Report on the bubonic plague in Bombay, 1896-1897
Year: 1896
Disease focus: Plague
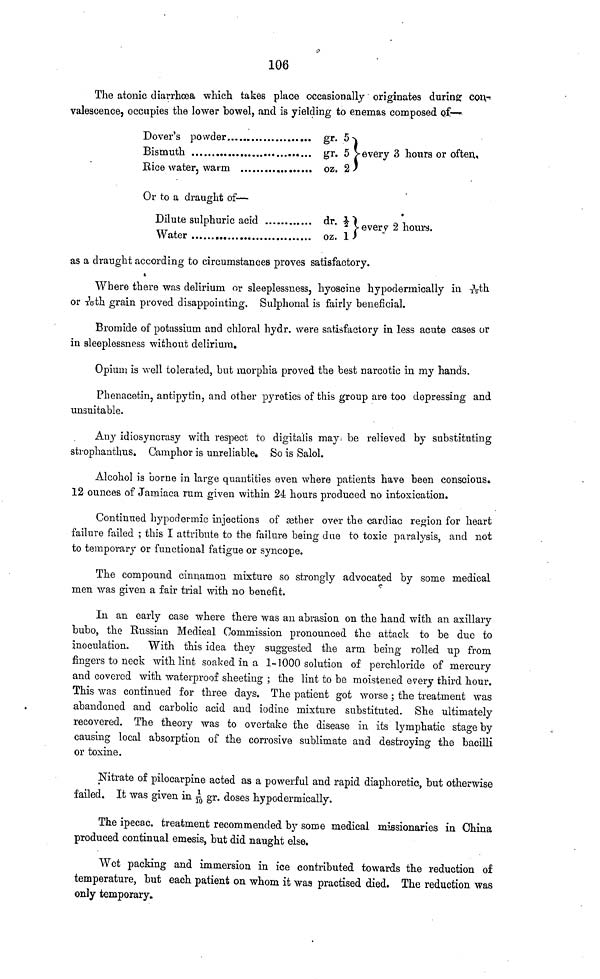
106
The atonic diarrhœa which takes place occasionally originates during con
valescence, occupies the lower bowel, and is yielding to enemas composed of
Dover's powder
Bismuth
Bice water, warm
gr. 5
gr. 5
oz. 2
every 3 hours or often.
Or to a draught of
Dilute sulphuric acid
Water
dr.½
oz. 1
every 2 hours.
as a draught according to circumstances proves satisfactory.
Where there was delirium or sleeplessness, hyoscine hypodermically in 1/12 th
or 1/10th grain proved disappointing. Sulphonal is fairly beneficial.
Bromide of potassium and chloral hydr. were satisfactory in less acute cases or
in sleeplessness without delirium.
Opium is well tolerated, but morphia proved the best narcotie in my hands.
Phenacetin, antipytin, and other pyretics of this group are too depressing and
unsuitable.
Any idiosyncrasy with respect to digitalis may- be relieved by substituting
strophanthus. Camphor is unreliable. So is Salol.
Alcohol is borne in large quantities even where patients have been conscious.
12 ounces of Jamiaca rum given within 24 hours produced no intoxication.
Continued hypodermic injections of æther over the cardiac region for heart
failure failed ; this I attribute to the failure being due to toxic paralysis, and not
to temporary or functional fatigue or syncope.
The compound cinnamon mixture so strongly advocated by some medical
men was given a fair trial with no benefit.
In an early case where there was an abrasion on the hand with, an axillary
bubo, the Russian Medical Commission pronounced the attack to be duo to
inoculation.
With this idea they suggested the arm being rolled up from
fingers to neck with lint soaked in a 1-1000 solution of perchloride of mercury
and covered with waterproof sheeting ; the lint to be moistened every third hour.
This was continued for three days. The patient got worse ; the treatment was
abandoned and carbolic acid and iodine mixture substituted. She ultimately
recovered. The theory was to overtake the disease in its lymphatic stage by
causing local absorption of the corrosive sublimate and destroying the bacilli
or toxine.
Nitrate of pilocarpine acted as a powerful and rapid diaphoretic, but otherwise
failed. It was given in 1/10 gr. doses hypodermically.
The ipecac treatment recommended by some medical missionaries in China
produced continual emesis, but did naught else.
Wet packing and immersion in ice contributed towards the reduction of
temperature, but each patient on whom it was practised died. The reduction was
only temporary.